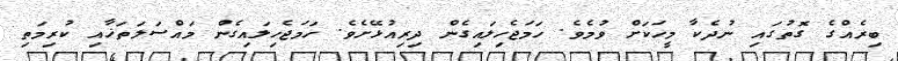
ބިރެއްގެ ގޮތުގައި ނުދެކާ މީހަކަށް ވުމެވެ. ހަމަޖެހިލައިގެން ދިރިއުޅޭށެވެ. ހަމަޖެހިލައިގެން މައްސަލަތަޚާއި ކުރިމަތި